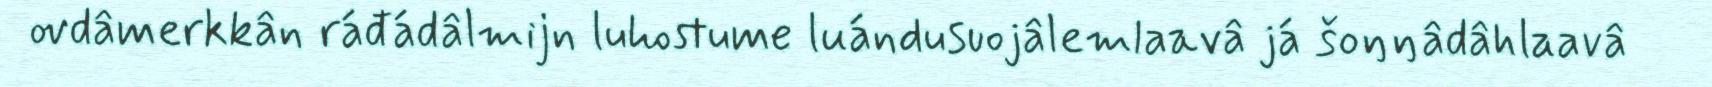
ovdâmerkkân ráđádâlmijn luhostume luándusuojâlemlaavâ já šoŋŋâdâhlaavâ